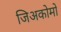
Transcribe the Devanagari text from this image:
जिअकोमो